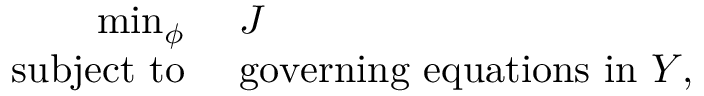
\begin{array} { r l } { \operatorname* { m i n } _ { \phi } ~ } & { { } J } \\ { \mathrm { s u b j e c t ~ t o } ~ } & { { } \mathrm { g o v e r n i n g ~ e q u a t i o n s ~ i n ~ } Y , } \end{array}